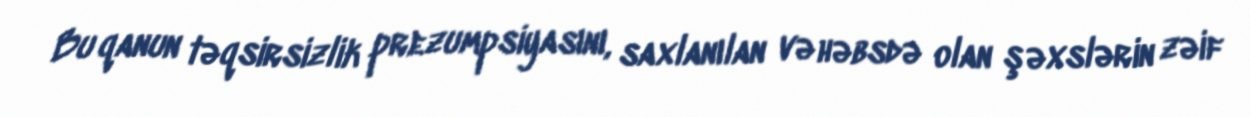
Bu qanun təqsirsizlik prezumpsiyasını, saxlanılan və həbsdə olan şəxslərin zəif